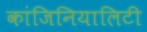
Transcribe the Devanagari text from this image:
कांजिनियालिटी